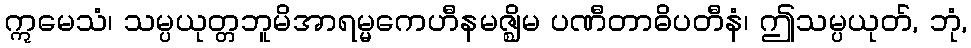
ဣမေသံ၊ သမ္ပယုတ္တဘူမိအာရမ္မကေဟီနမဇ္ဈိမ ပဏီတာဓိပတီနံ၊ ဤသမ္ပယုတ်, ဘုံ,